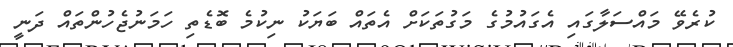
ކުރެވޭ މައްސަލާގައި އެގައުމުގެ މަގުތަކަށް އެތައް ބަޔަކު ނިކުމެ ބޮޑެތި ހަމަނުޖެހުންތައް ދަނީ